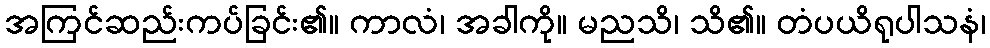
အကြင်ဆည်းကပ်ခြင်း၏။ ကာလံ၊ အခါကို။ မညသိ၊ သိ၏။ တံပယိရုပါသနံ၊